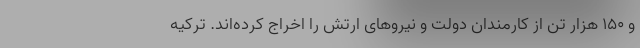
و ۱۵۰ هزار تن از کارمندان دولت و نیروهای ارتش را اخراج کرده‌اند. ترکیه